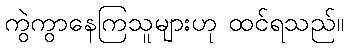
ကွဲကွာနေကြသူများဟု ထင်ရသည်။